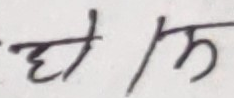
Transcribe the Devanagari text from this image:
घेम